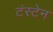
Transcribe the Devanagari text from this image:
टंस्टेन